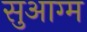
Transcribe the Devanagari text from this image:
सुआग्म